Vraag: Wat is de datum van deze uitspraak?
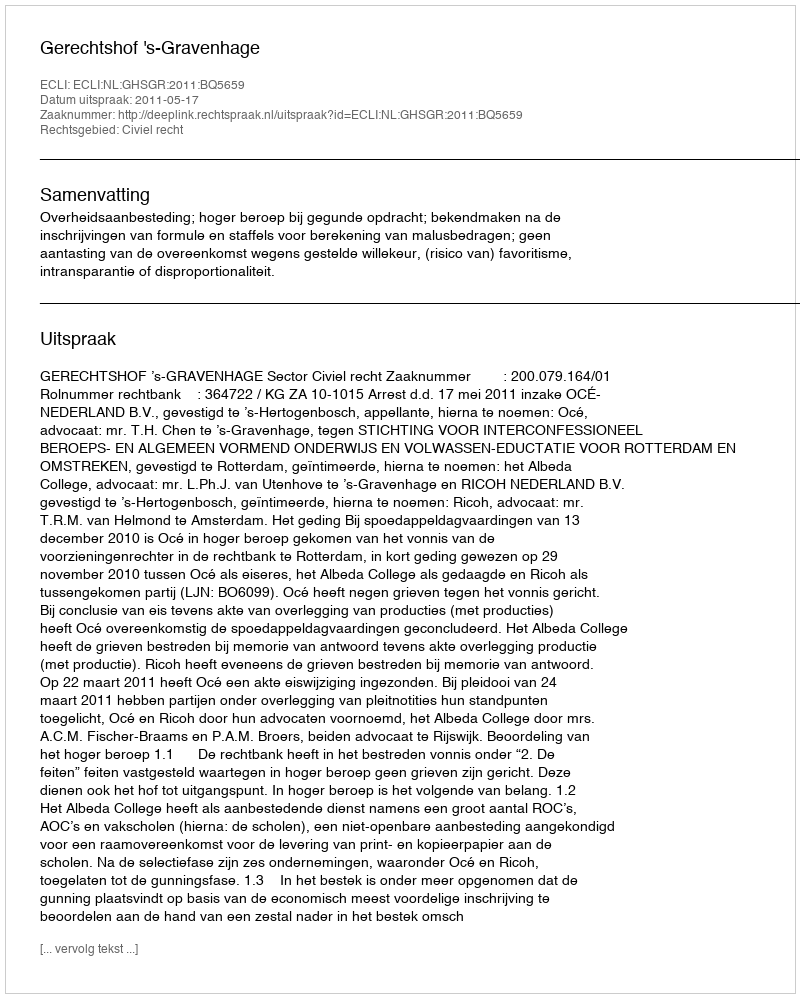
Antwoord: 2011-05-17